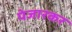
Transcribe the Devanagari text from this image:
पेजारकर